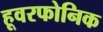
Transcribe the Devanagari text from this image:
हूवरफोनिक